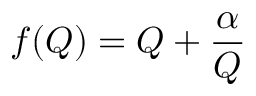
f ( Q ) = Q + \frac { \alpha } { Q }